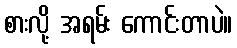
စားလို့ အရမ်း ကောင်းတာပဲ။